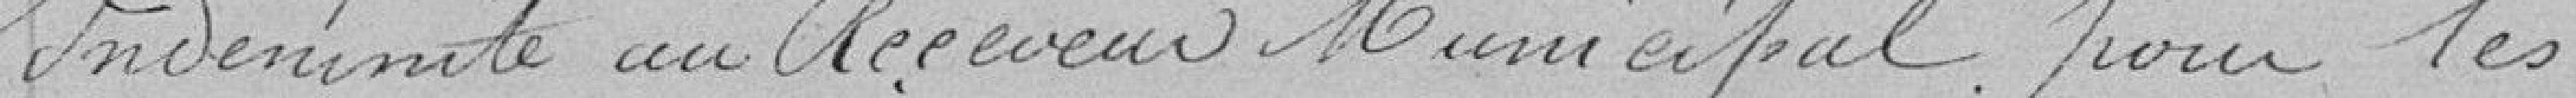
12 - Indemnité au Receveur Municipal pour les